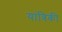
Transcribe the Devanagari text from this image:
यांत्रिकी